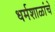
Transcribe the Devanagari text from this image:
धर्मशाळांचे